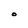
Character: O